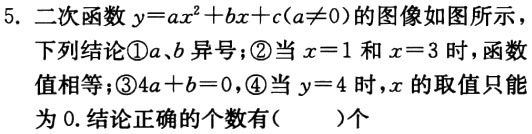
5. 二次函数$y = ax^{2}+bx + c(a\neq0)$的图像如图所示，下列结论\textcircled{1}$a$、$b$异号；\textcircled{2}当$x = 1$和$x = 3$时，函数值相等；\textcircled{3}$4a + b = 0$；\textcircled{4}当$y = 4$时，$x$的取值只能为$0$. 结论正确的个数有(  )个